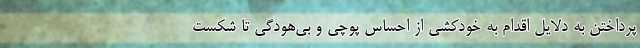
پرداختن به دلایل اقدام به خودکشی از احساس پوچی و بی‌هودگی تا شکست